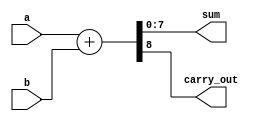
module Parameterized_Adder #(
    parameter WIDTH = 8 // Default width is 8 bits
)(
    input  wire [WIDTH-1:0] a, // First operand
    input  wire [WIDTH-1:0] b, // Second operand
    output reg  [WIDTH-1:0] sum, // Sum output
    output reg              carry_out // Carry-out flag
);

    // Always block to perform addition
    always @(*) begin
        {carry_out, sum} = a + b; // Perform addition and capture the carry-out
    end

endmodule